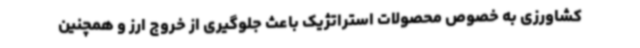
کشاورزی به خصوص محصولات استراتژیک باعث جلوگیری از خروج ارز و همچنین